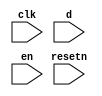
//copilot mean_prob: 0.6215491884987131
//This file was assembled by gen.py, written by redactedAuthorFirstname redactedAuthorLastname.
module jtag
(
    input clk,
    input resetn,
    input d,
    input en
);

reg lock_jtag_status;

//set lock_jtag high when d and en are high
//-copilot next line-
//copilot mean_prob: 0.6215491884987131

//set lock_jtag low when d or en is low
always @(posedge clk) begin
    lock_jtag_status <= d && en;
end



endmodule